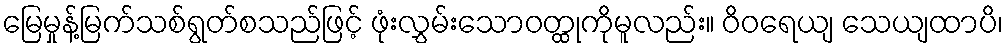
မြေမှုန့်မြက်သစ်ရွတ်စသည်ဖြင့် ဖုံးလွှမ်းသောဝတ္ထုကိုမူလည်း။ ဝိဝရေယျ သေယျထာပိ၊